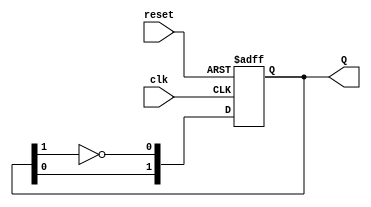
module dual_stage_johnson_counter (
    input wire clk,       // Clock signal
    input wire reset,     // Asynchronous reset signal
    output reg [1:0] Q    // 2-bit output representing the state of the counter
);

// State transition logic
always @(posedge clk or posedge reset) begin
    if (reset) begin
        // Reset the counter to initial state 00
        Q <= 2'b00;
    end else begin
        // Johnson counter state transition
        Q[0] <= ~Q[1]; // D0 = ~Q1
        Q[1] <= Q[0];  // D1 = Q0
    end
end

endmodule